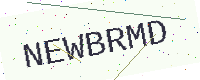
Text: NEWBRMD